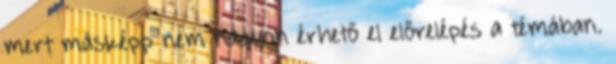
mert másképp nem nagyon érhető el előrelépés a témában.